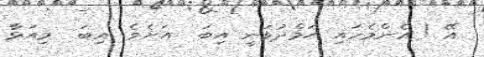
އޭ ! އެންމެހައި ޙަމްދުވަނީ އިބަ  އަށެވެ. އިބަ  މިއަޅާ